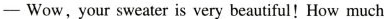
—Wow,your sweater is very beautiful!How much